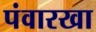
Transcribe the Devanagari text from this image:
पंवारखा